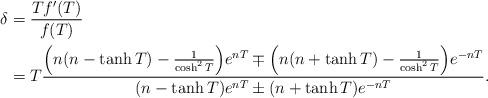
LaTeX: \begin{align*}\delta &= \frac{Tf'(T)}{f(T)}\\&=T\frac{\Big(n(n-\tanh{T})-\frac{1}{\cosh^2{T}}\Big) e^{nT}\mp\Big(n(n+\tanh{T})-\frac{1}{\cosh^2{T}}\Big) e^{-nT}}{(n-\tanh{T})e^{nT}\pm(n+\tanh{T})e^{-nT}}.\end{align*}